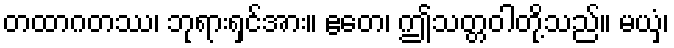
တထာဂတဿ၊ ဘုရားရှင်အား။ ဧတေ၊ ဤသတ္တဝါတို့သည်။ မယှံ၊